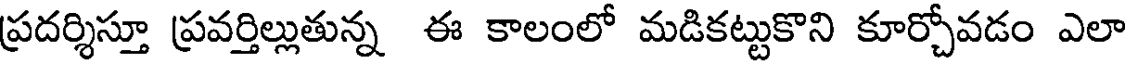
ప్రదర్శిస్తూ ప్రవర్తిల్లుతున్న ఈ కాలంలో మడికట్టుకొని కూర్చోవడం ఎలా